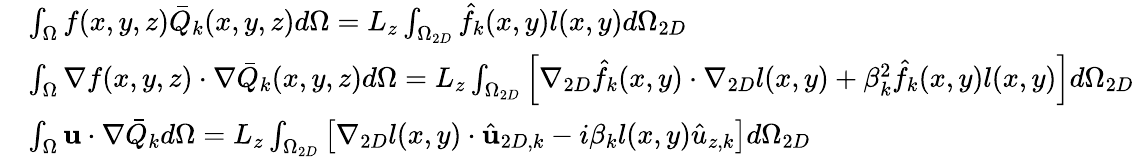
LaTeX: \begin{array}{rl}&{\int_{\Omega}f(x,y,z)\bar{Q}_{k}(x,y,z)d\Omega=L_{z}\int_{\Omega_{2D}}\hat{f}_{k}(x,y)l(x,y)d\Omega_{2D}}\\ &{\int_{\Omega}\nabla f(x,y,z)\cdot\nabla\bar{Q}_{k}(x,y,z)d\Omega=L_{z}\int_{\Omega_{2D}}\left[\nabla_{2D}\hat{f}_{k}(x,y)\cdot\nabla_{2D}l(x,y)+\beta_{k}^{2}\hat{f}_{k}(x,y)l(x,y)\right]d\Omega_{2D}}\\ &{\int_{\Omega}\textbf{u}\cdot\nabla\bar{Q}_{k}d\Omega=L_{z}\int_{\Omega_{2D}}\left[\nabla_{2D}l(x,y)\cdot\hat{\textbf{u}}_{2D,k}-i\beta_{k}l(x,y)\hat{u}_{z,k}\right]d\Omega_{2D}}\end{array}